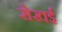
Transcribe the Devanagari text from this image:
सेखई